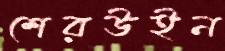
শেরউইন